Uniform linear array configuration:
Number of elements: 32
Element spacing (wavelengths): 1
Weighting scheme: cosine
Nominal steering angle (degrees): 45
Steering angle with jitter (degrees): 44.49
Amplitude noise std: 0.05
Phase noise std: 0.05

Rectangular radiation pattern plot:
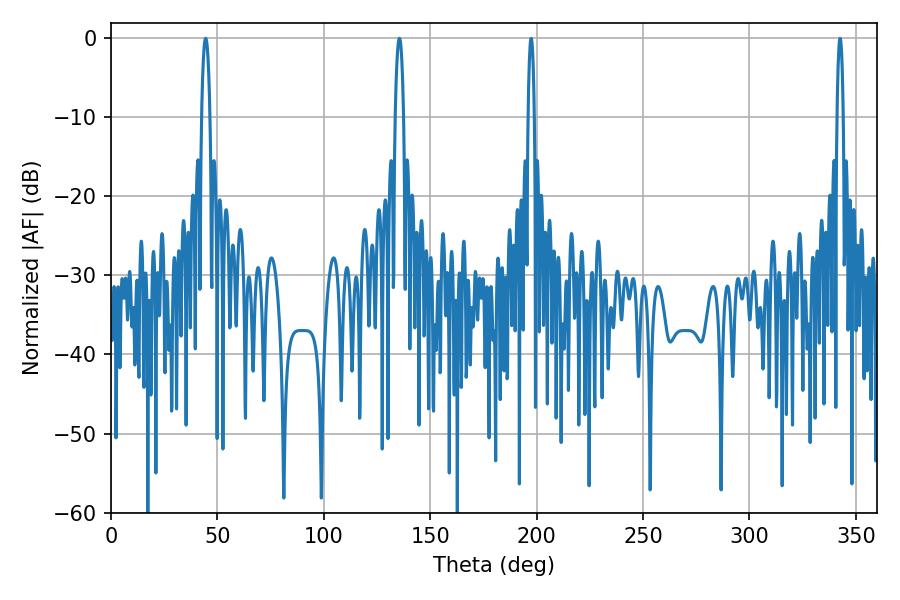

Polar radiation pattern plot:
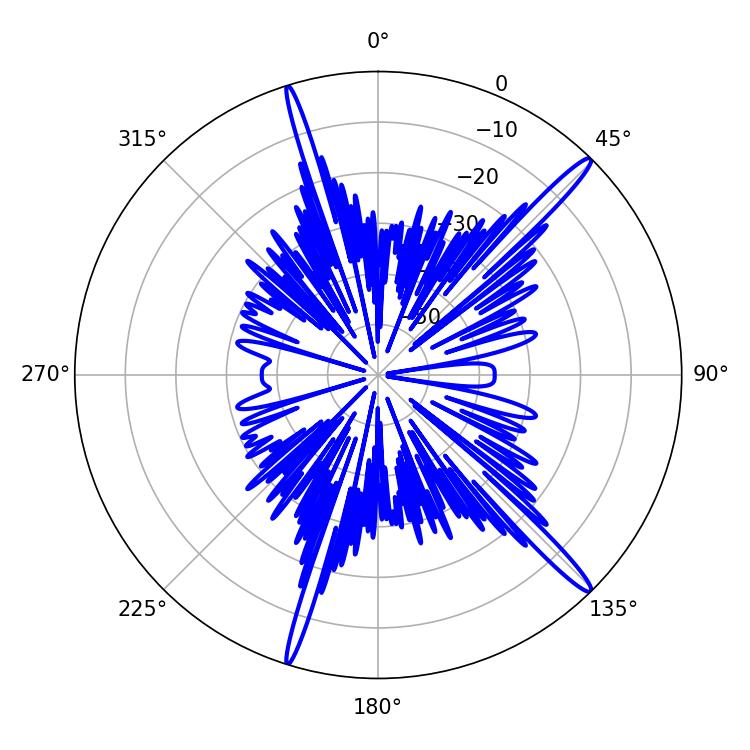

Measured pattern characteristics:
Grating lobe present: TRUE
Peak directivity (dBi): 16.791
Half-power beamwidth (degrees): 2.16
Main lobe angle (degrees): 44.46